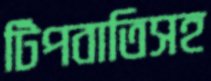
টিপবাতিসহ